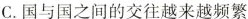
C.国与国之间的交往越来越频繁